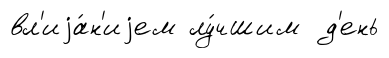
вл'иjа́н'иjем лу́чшим д'ень